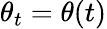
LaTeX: \theta_{t}=\theta(t)